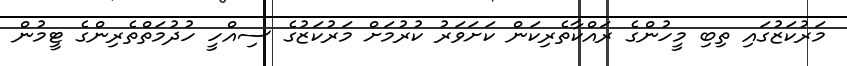
މަރުކަޒުގައި ތިބި މީހުންގެ ރައްކާތެރިކަން ކަށަވަރު ކުރުމަށް މަރުކަޒުގެ ސިއްހީ ހުދުމަތްތެރިންގެ ޓީމުން